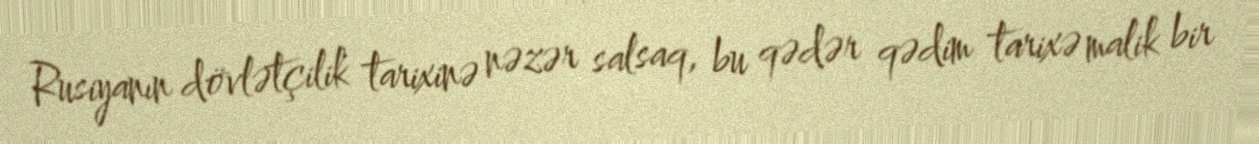
Rusiyanın dövlətçilik tarixinə nəzər salsaq, bu qədər qədim tarixə malik bir